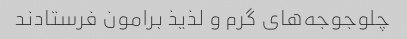
چلوجوجه‌های گرم و لذیذ برامون فرستادند